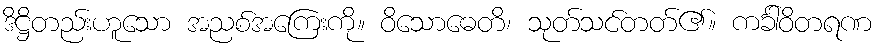
ဒိဋ္ဌိတည်းဟူသော အညစ်အကြေးကို။ ဝိသောဓေတိ၊ သုတ်သင်တတ်၏။ ကင်္ခါဝိတရဏ